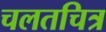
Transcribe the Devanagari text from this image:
चलतचित्र